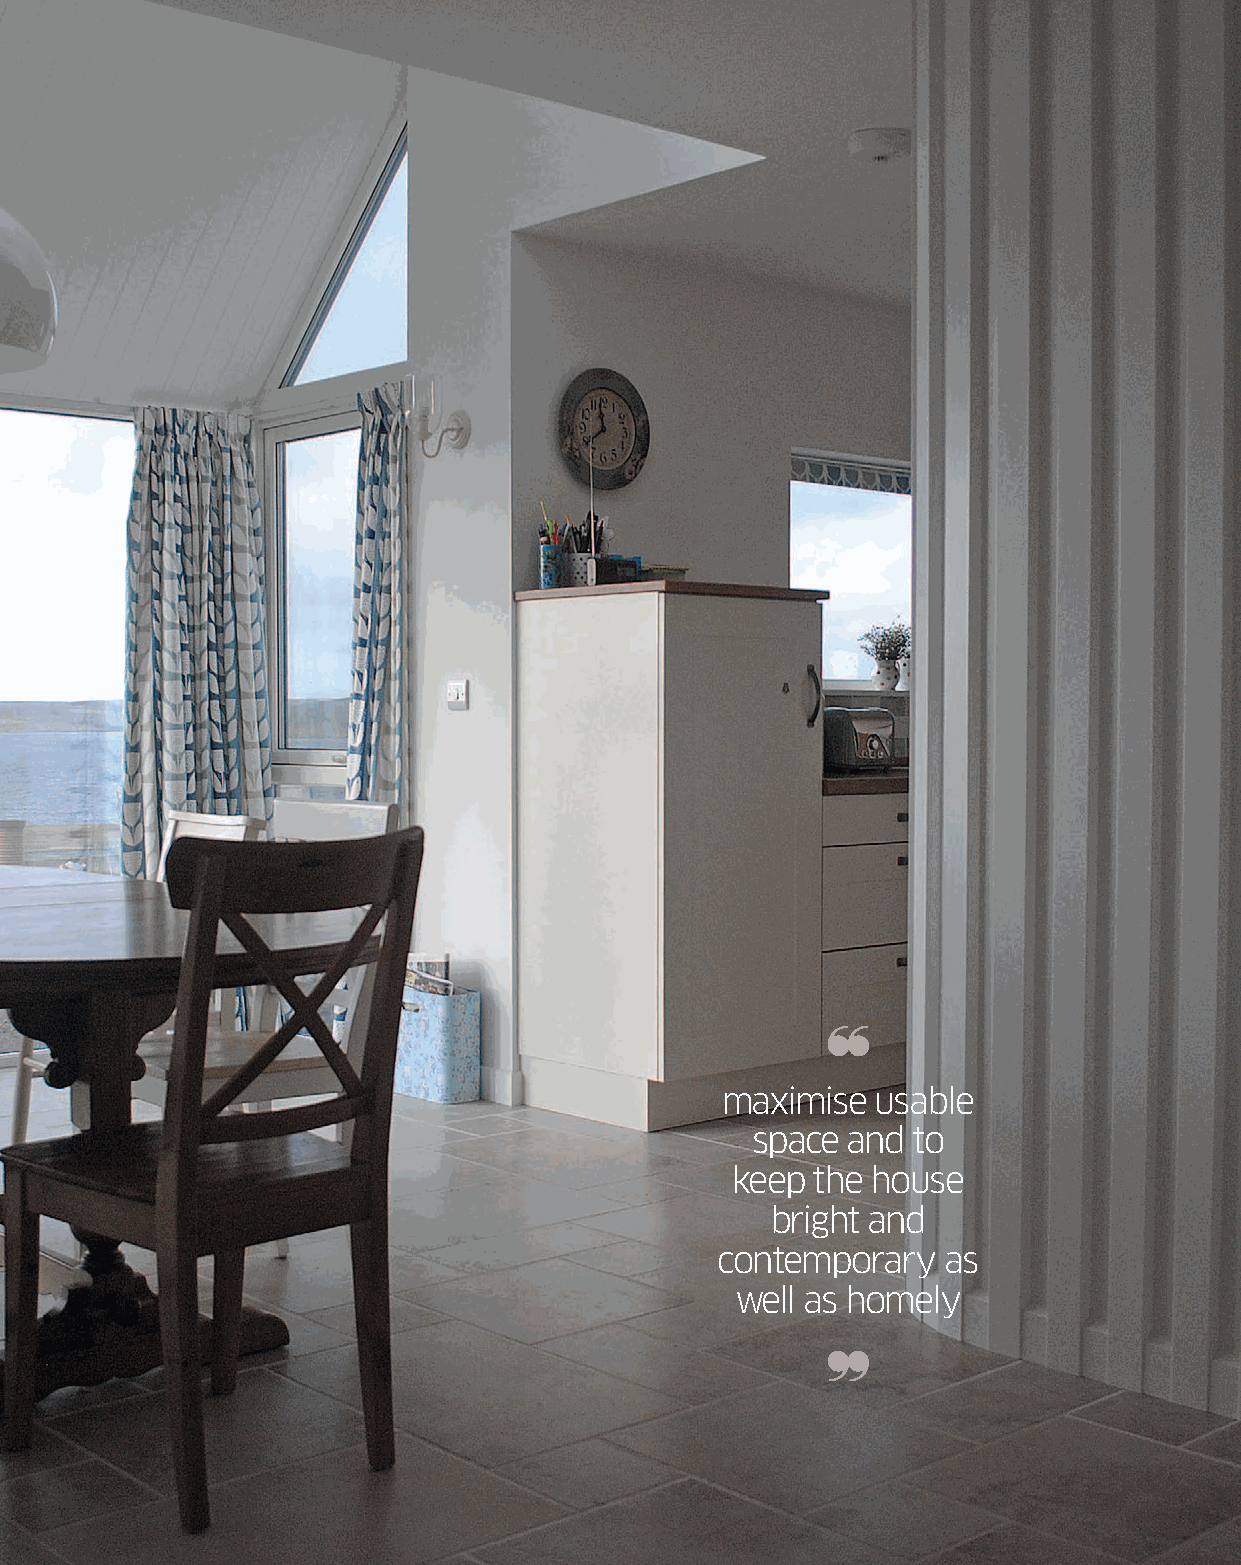
maximise  usable
 space and to
 keep  the house
 bright and
 contemporary   as
 well as homely
 SHETLAND.ORG                                       60 NORTH | SUMMER 2017 51